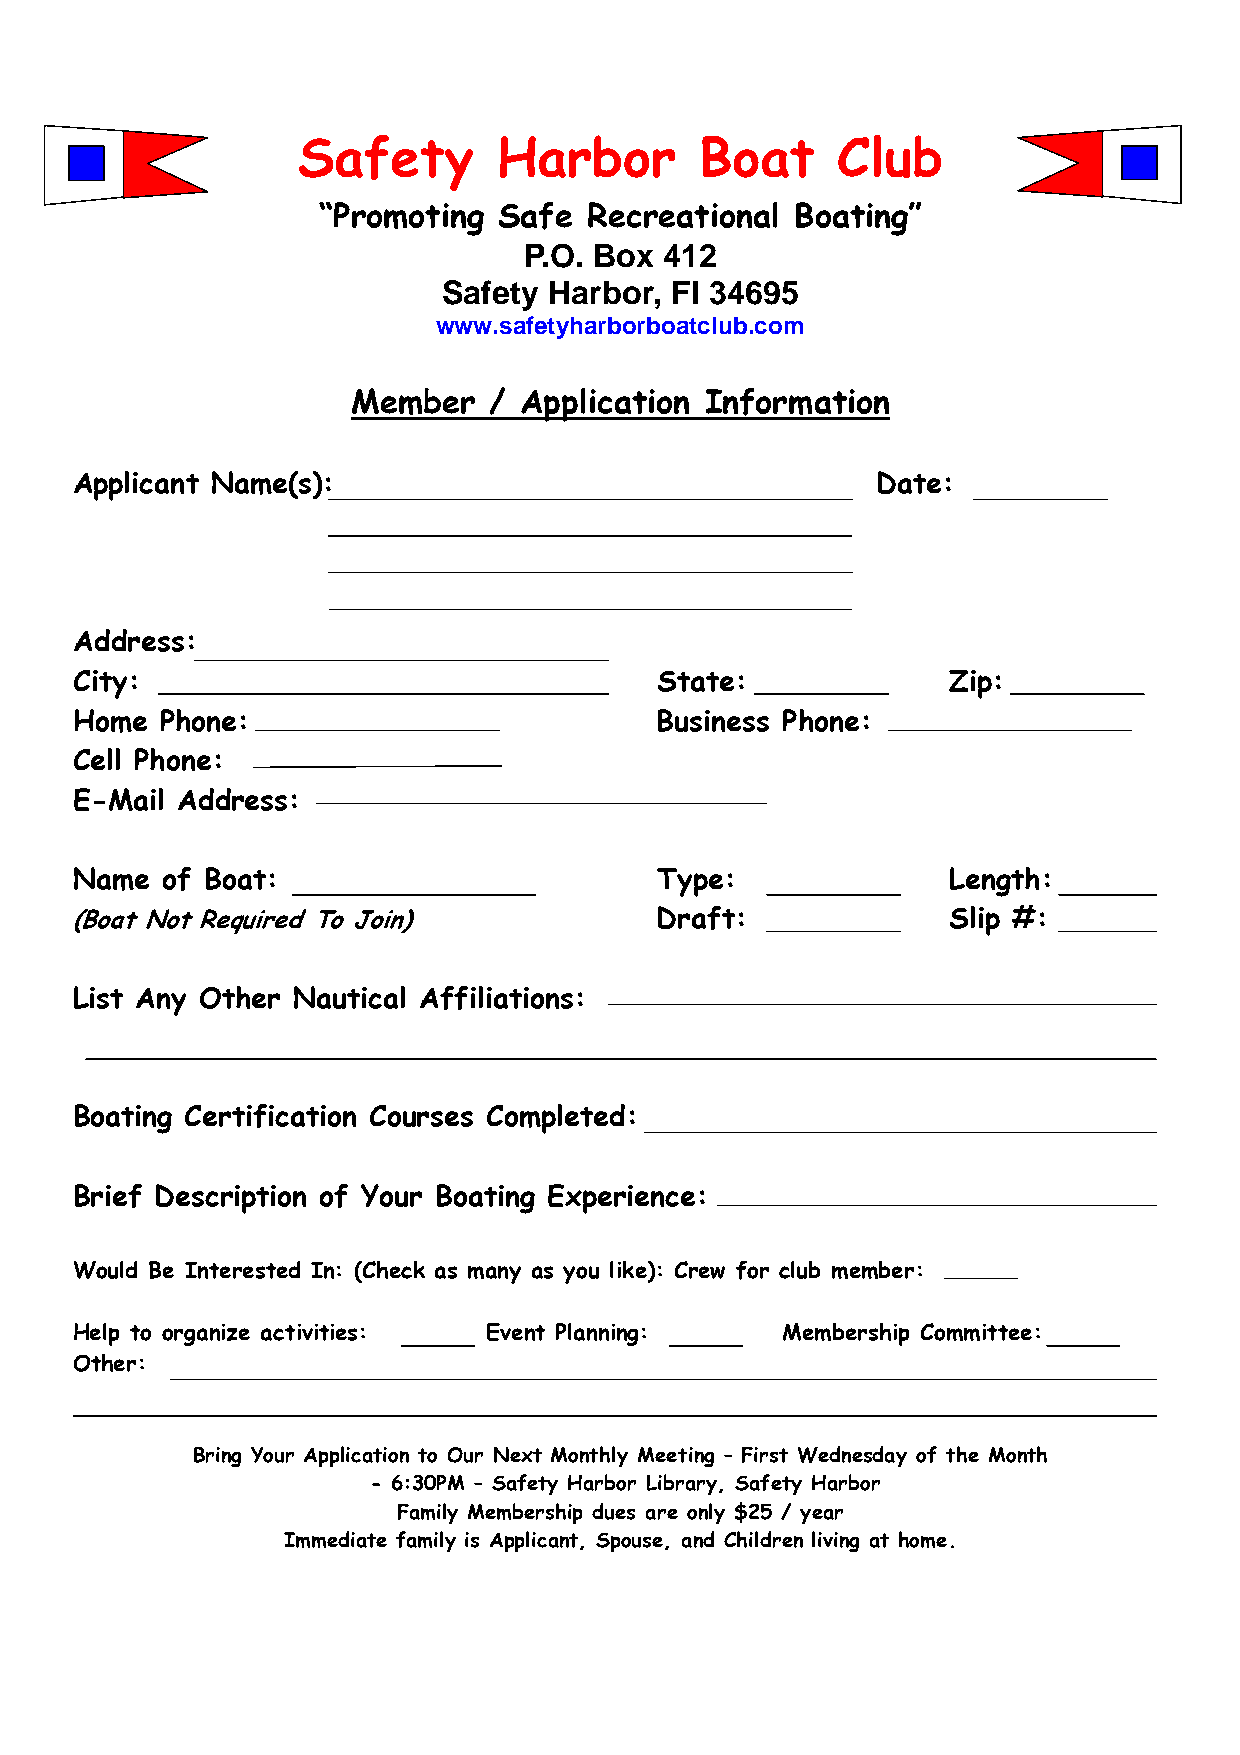
Safety       Harbor       Boat     Club
 “Promoting  Safe  Recreational  Boating”
 P.O. Box 412
 Safety Harbor, Fl 34695
 www.safetyharborboatclub.com
 Member   / Application  Information
 Applicant Name(s):                                   Date:
 Address:
 City:                                  State:             Zip:
 Home  Phone:                           Business Phone:
 Cell Phone:
 E-Mail Address:
 Name  of Boat:                         Type:              Length:
 (Boat Not Required To Join)            Draft:             Slip #:
 List Any Other Nautical Affiliations:
 Boating Certification Courses Completed:
 Brief Description of Your Boating Experience:
 Would Be Interested In: (Check as many as you like): Crew for club member:
 Help to organize activities: Event Planning:   Membership Committee:
 Other:
 Bring Your Application to Our Next Monthly Meeting – First Wednesday of the Month
 - 6:30PM – Safety Harbor Library, Safety Harbor
 Family Membership dues are only $25 / year
 Immediate family is Applicant, Spouse, and Children living at home.